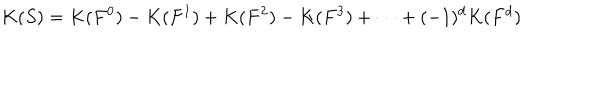
K ( S ) = K ( F ^ { 0 } ) - K ( F ^ { 1 } ) + K ( F ^ { 2 } ) - K ( F ^ { 3 } ) + \dots + ( - 1 ) ^ { d } K ( F ^ { d } )